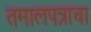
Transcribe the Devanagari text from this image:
तमालपत्राचा